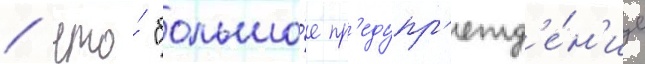
/ что́ "большо́е пр'едупр'ежд'е́н'ие